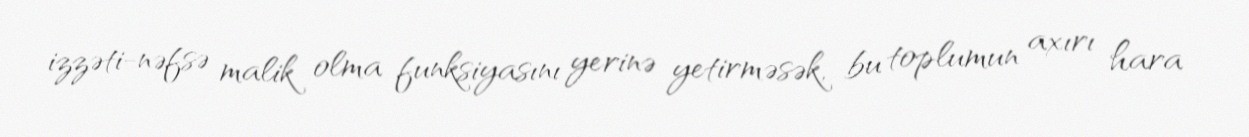
izzəti-nəfsə malik olma funksiyasını yerinə yetirməsək, bu toplumun axırı hara